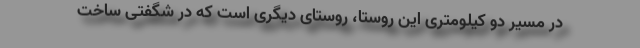
در مسیر دو کیلومتری این روستا، روستای دیگری است که در شگفتی ساخت